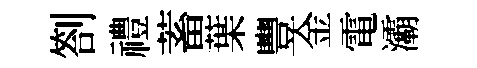
劄禮蓄葉豐金電灞